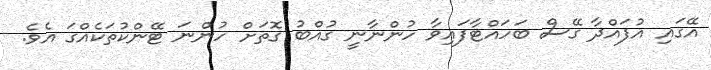
އޭގައި އުފައްދާ ގޭސް ބަހައްޓާފައިވާ ހުންނާނީ ގުއްބު ގޮތަށް ހުންނަ ޓޭންކުތަކެއްގަ އެވެ.